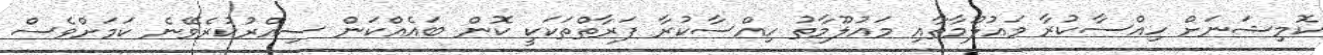
ކޮމިޝަނަށް ހިއްސާކުރާ މައުލޫމާތާއި މައުލޫމާތު ހިއްސާކުރާ ފަރާތްތަކަކީ ކޮން ބައެއްކަން ސިއްރުކުރެވޭނެ ކަމަށްވެސް